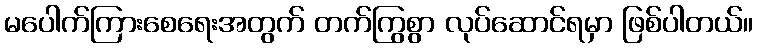
မပေါက်ကြားစေရေးအတွက် တက်ကြွစွာ လုပ်ဆောင်ရမှာ ဖြစ်ပါတယ်။